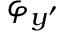
\varphi _ { y ^ { \prime } }